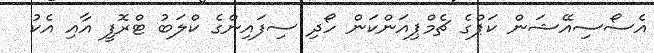
އެސޯސިއޭޝަން ކަޕްގެ ޗެމްޕިއަންކަން ހޯދި ސިފައިންގެ ކްލަބު ޓްރޮފީ އާއި އެކު